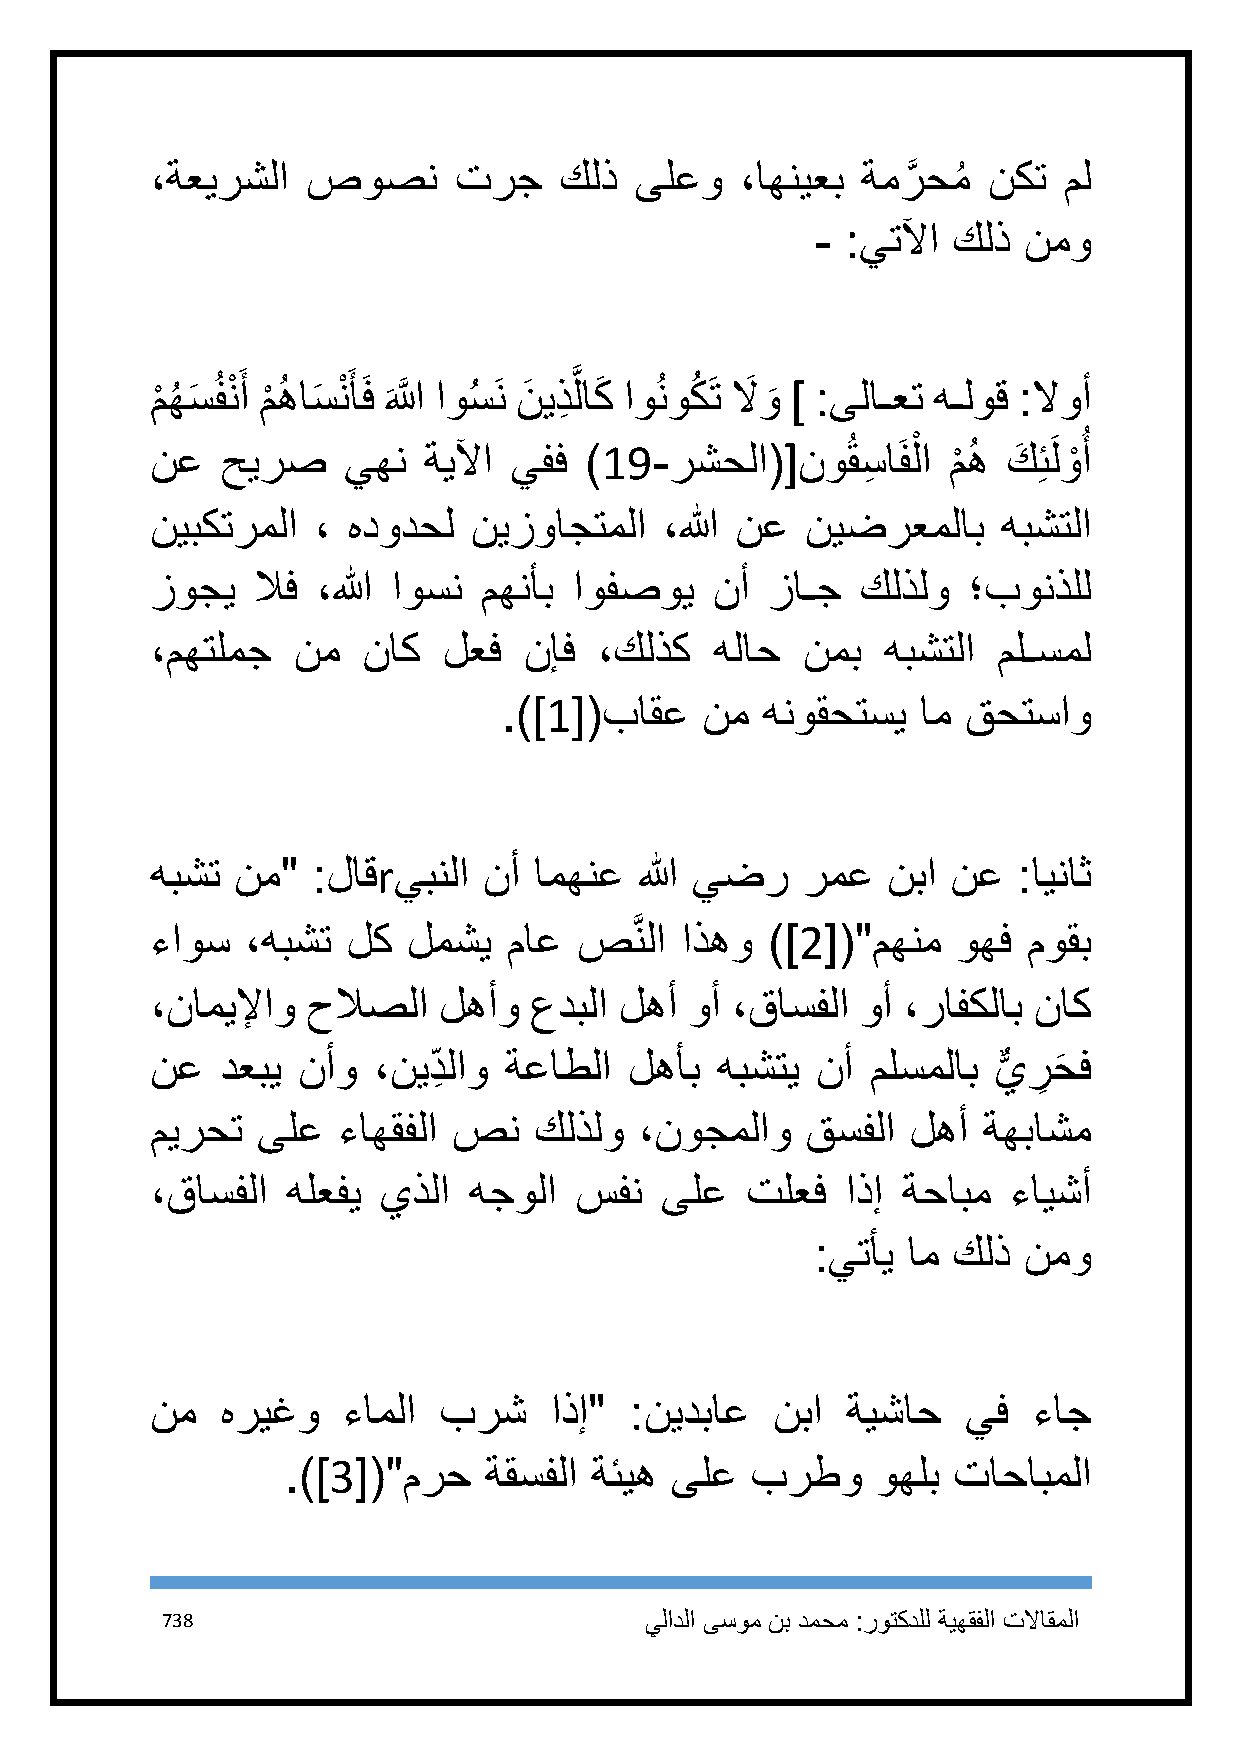
،ةعيرشلا  صوصن      ترج    كلذ  ىلعو   ،اهنيعب ةمرَّ حمُ نكت مل
 - :يتلآا كلذ  نمو
 م
 ْ
 هُ سَ ُفنْ َ أ م
 ْ
 هُ اسَ نْ َ أَف َاللََّّ اوسُ َن نَ يذِ َّ لاكَ اوُنوكُ َت لاَ و
 َ
 ] :ىلاـعت هـلوق :لاوأ
 نع   حيرص    يهن  ةيلآا يفف  )19-رشحلا([نوُقسِ   اَفلْ ا م
 ْ
 هُ كَ ِئَلوْ ُ أ
 نيبكترملا  ، هدودحل  نيزواجتملا   ،الله نع نيضرعملاب    هبشتلا
 زوجي   لاف ،الله اوسن مهنأب اوفصوي   نأ  زاـج  كلذلو  ؛بونذلل
 ،مهتلمج  نم   ناك  لعف   نإف  ،كلذك  هلاح  نمب   هبشتلا ملـسمل
 .)]1[(باقع   نم  هنوقحتسي   ام قحتساو
 هبشت  نم"  :لاقrيبنلا نأ امهنع  الله يضر   رمع   نبا نع  :ايناث
 ءاوس  ،هبشت  لك  لمشي   ماع صَّنلا اذهو  )]2[("مهنم  وهف  موقب
 ،ناميلإاو حلاصلا   لهأو  عدبلا لهأ  وأ ،قاسفلا وأ ،رافكلاب ناك
 نع   دعبي نأو  ،نيد ِ لاو ةعاطلا لهأب هبشتي نأ  ملسملاب ي
 ٌّ
 ر
 ِ
 حَ ف
 ميرحت  ىلع  ءاهقفلا صن   كلذلو  ،نوجملاو   قسفلا  لهأ  ةهباشم
 ،قاسفلا  هلعفي يذلا  هجولا  سفن   ىلع  تلعف   اذإ ةحابم  ءايشأ
 :يتأي ام كلذ  نمو
 نم   هريغو   ءاملا برش    اذإ"  :نيدباع  نبا  ةيشاح   يف  ءاج
 .)]3[("مرح   ةقسفلا ةئيه ىلع   برطو    وهلب تاحابملا
 738                             يلادلا ىسوم نب دمحم :روتكدلل ةيهقفلا تلااقملا